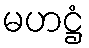
မဟဋ္ဌံ